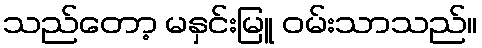
သည်တော့ မနှင်းမြူ ဝမ်းသာသည်။